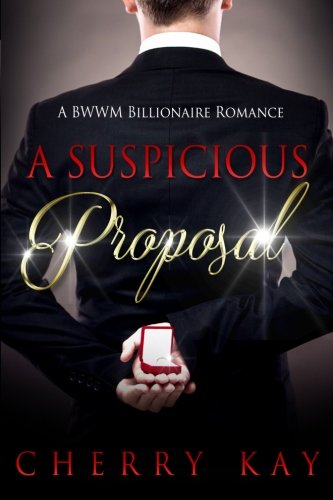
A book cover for A Suspicious Proposal; Cherry Kay; Romance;